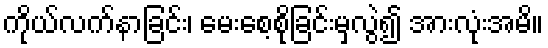
ကိုယ်လက်နာခြင်း၊ မေးစေ့စိုခြင်းမှလွဲ၍ အားလုံးအမိ။